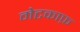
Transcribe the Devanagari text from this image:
मेटकाफ़